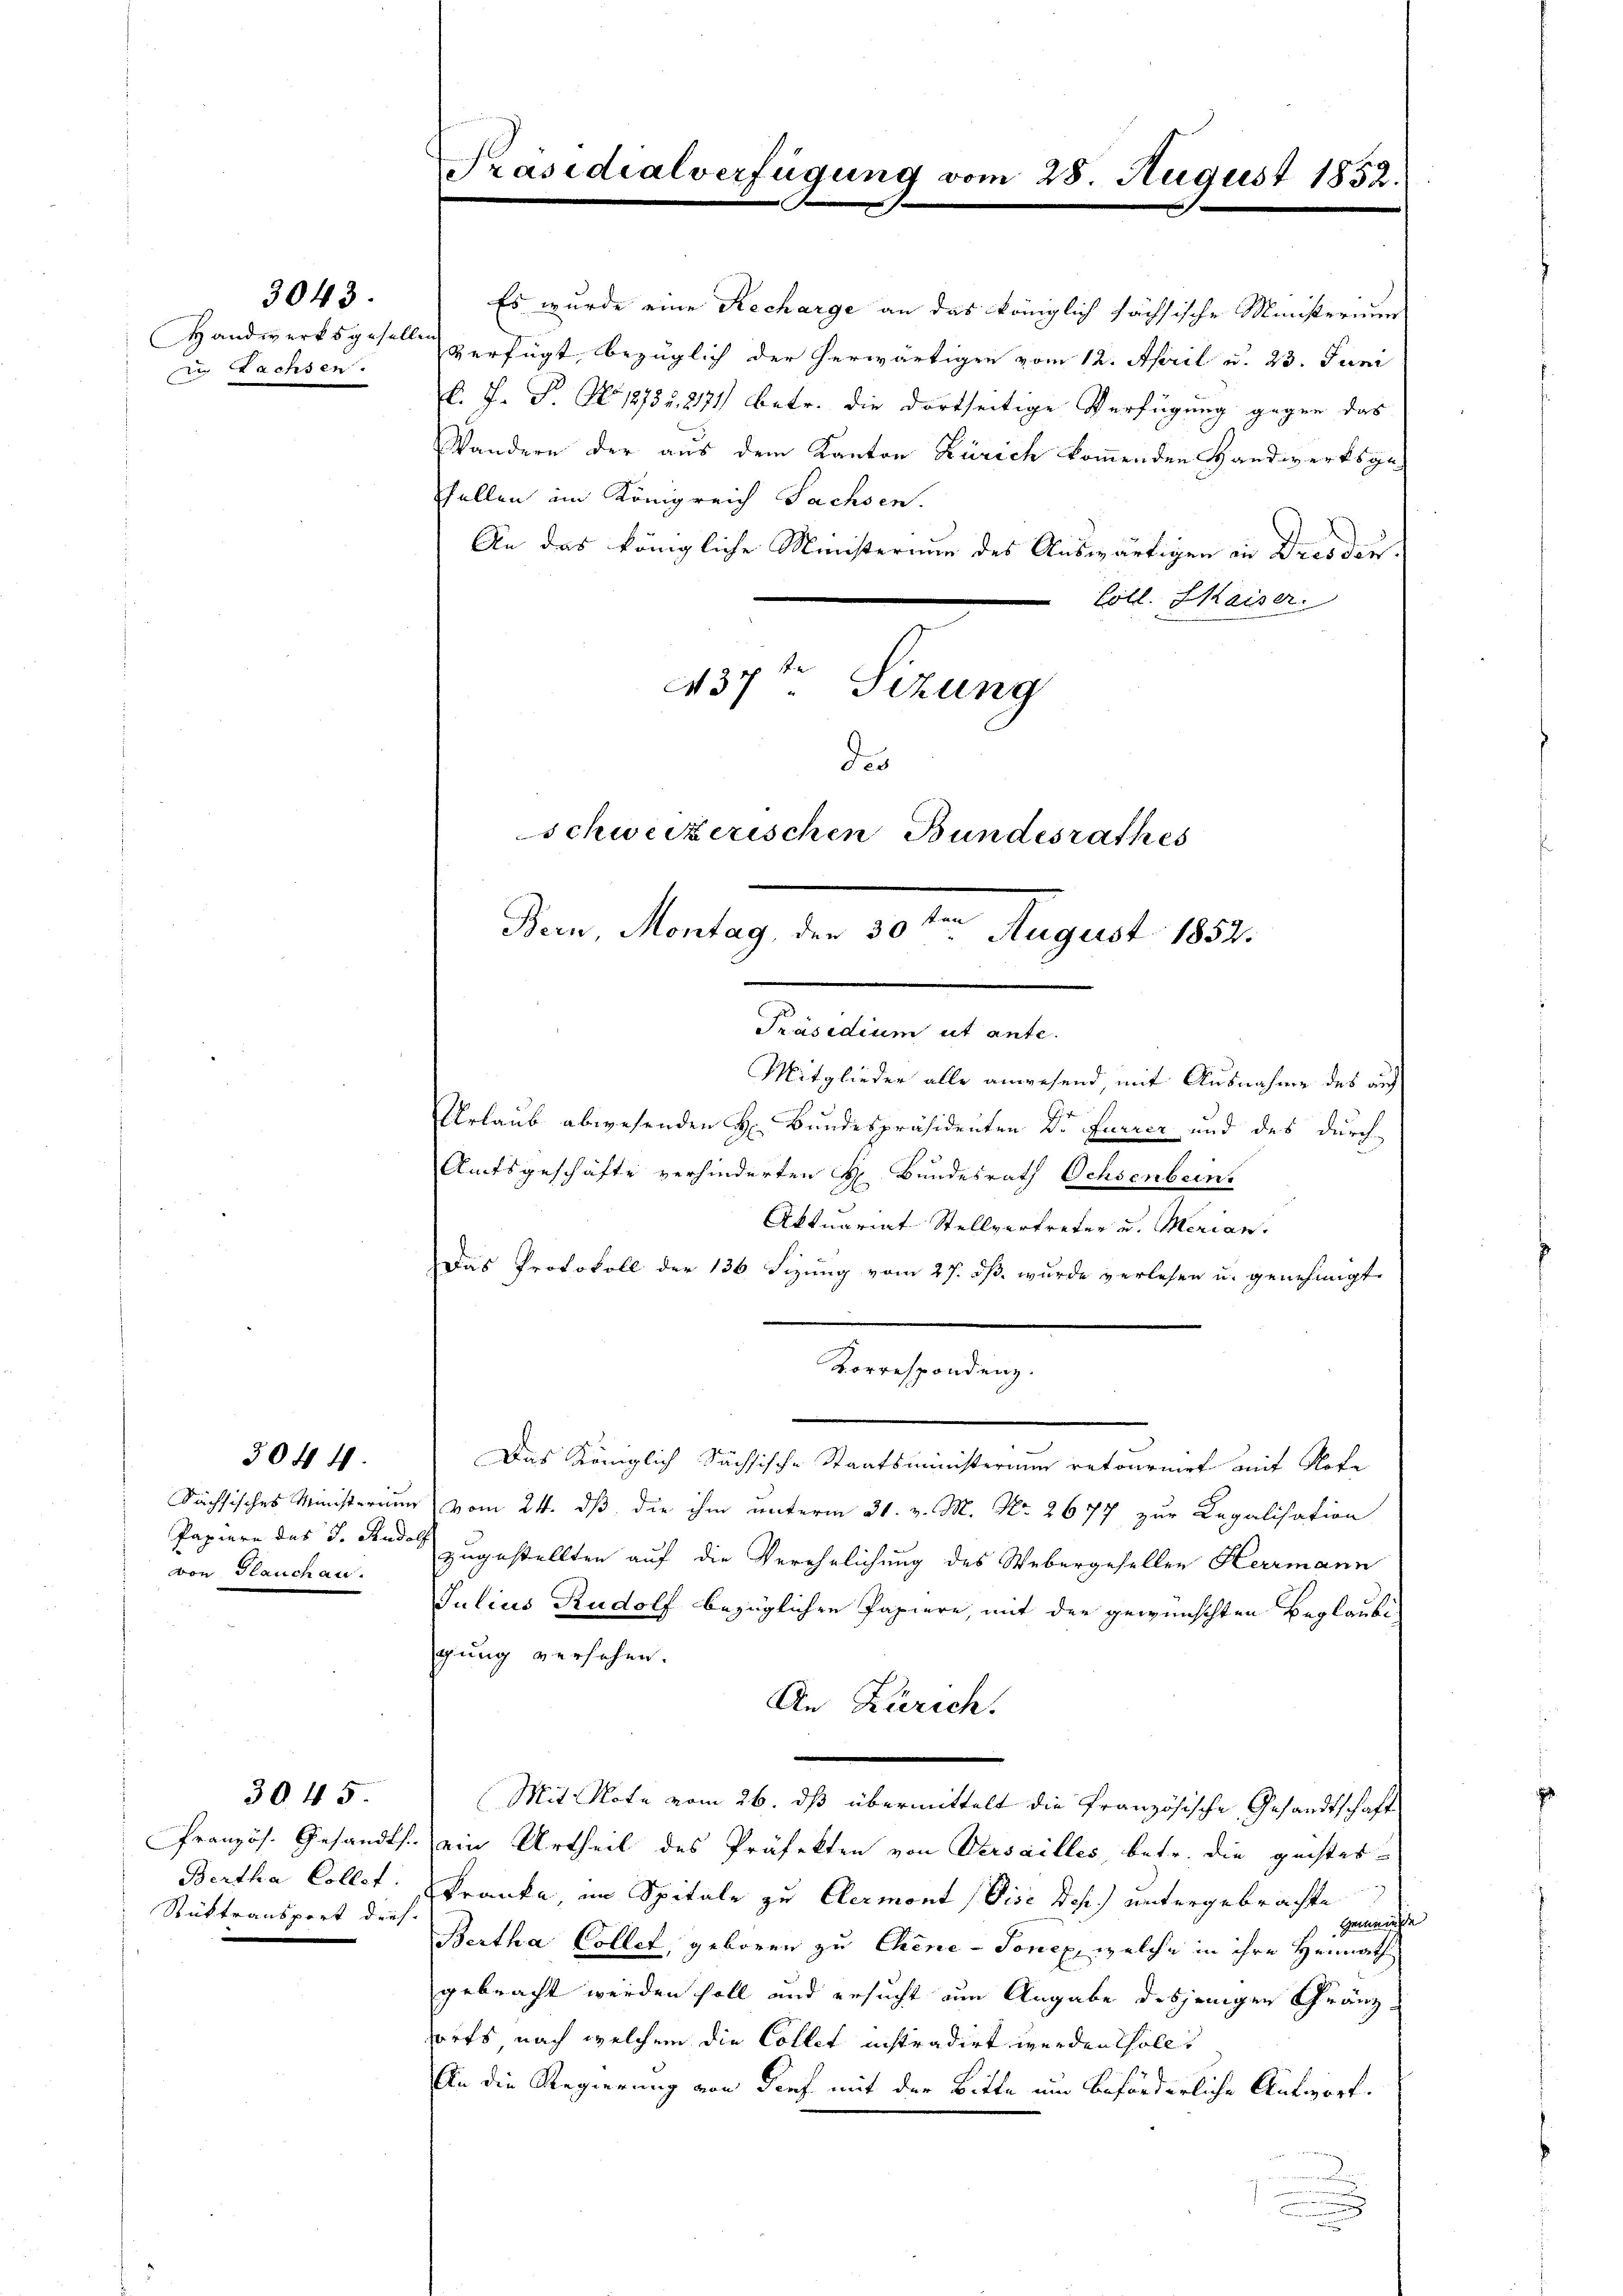
Handwerksgesell
di Wachsen.

3043.

Sächsisches Ministerium
Papiere das J. Rudol
von Plauch au

304 f.

3045
Französ. Gesandts.
Bertha Collet.
Rüktransport durch
e

Präsidialverfügung

Es wurde eine Recharge an das königlich sächsische Ministerium
verfügt, bezüglich der herwärtigen vom 12. April u. 23. Juni
l. J. P. Nr. 18784. 2171) betr. die dortseitige Verfügung gegen das
Wandern der aus dem Kanton Zürich kommenden Handwerksge-
Fellen im Königreich Sachsen.
An das königliche Ministerium des Auswärtigen in Dresden¬
Coll. Maiser.
37t Sizung
des
Schweizerischen Bundesrathes

Bern, Montag, der 30. August 1852.

Korrespondenz.

Präsidium ut ante.
Mitglieder alle anwesend, mit Ausnahme des auf
Urlaub abwesenden H. Bundespräsidenten Dr Furrer und des durch
Amtsgeschäfte verhinderten H. Bundesrath Ochsenbeins
Aktuariat Stellvertreter u. Merian
Das Protokoll der 136 Sizung vom 27. dß wurde verlesen u. genehmigt.
Das Königlich Sächsische Staatsministerium retournirt mit Note
vom 24. dß die ihm unterm 31. v. M. Nr. 2677 zur Regalisation
zugestellten auf die Verehrlichung des Webergesellen Herrmann
Julius Rudolf bezüglichen Papiere, mit der gewünschten Beglaubigung versehen.
An Zürich.
Mit Note vom 26. ds übermittelt die Französische Gesandtschaft
ein Urtheil des Präfekten von Versailles, betr. die geistes-
Kranke im Spitale zu Clermont (Vise Joh. untergebrachte
Feenh
Bertha Collet, geboren zu Chine-Toncx, welche in ihre Heimath
gebracht werden soll und ersucht um Angabe desjenigen Gränzdorfs nach welchem die Collet instradirt werden sollt
Ein die Regierung von Tief mit der Bitte um beförderliche Antwort.
.

28. August 1852.